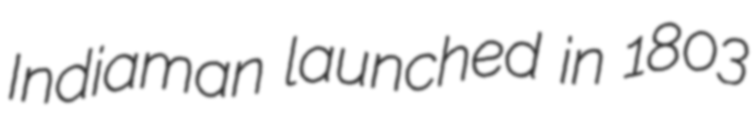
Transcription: Indiaman launched in 1803